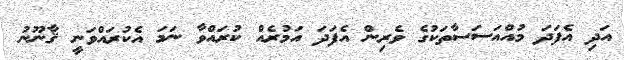
އަދި އެފަދަ މުއްއަސަސާތަކުގެ ވެރިން އެފަދަ އަމުރެއް ކުރައްވާ ނަމަ އެކުރައްވަނީ ޤާނޫނު